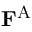
\mathbf { F } ^ { \mathrm { A } }